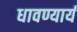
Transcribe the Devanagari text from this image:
धावण्यार्य